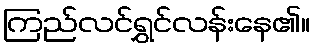
ကြည်လင်ရွှင်လန်းနေ၏။